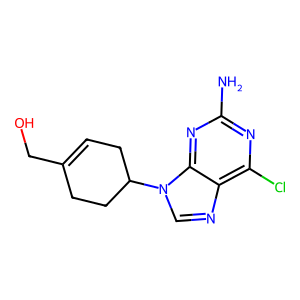
SMILES: Nc1nc(Cl)c2ncn(C3CC=C(CO)CC3)c2n1
Inhibits HIV replication: No